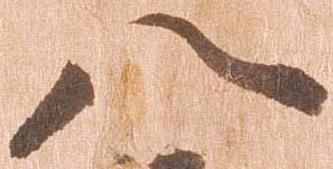
八